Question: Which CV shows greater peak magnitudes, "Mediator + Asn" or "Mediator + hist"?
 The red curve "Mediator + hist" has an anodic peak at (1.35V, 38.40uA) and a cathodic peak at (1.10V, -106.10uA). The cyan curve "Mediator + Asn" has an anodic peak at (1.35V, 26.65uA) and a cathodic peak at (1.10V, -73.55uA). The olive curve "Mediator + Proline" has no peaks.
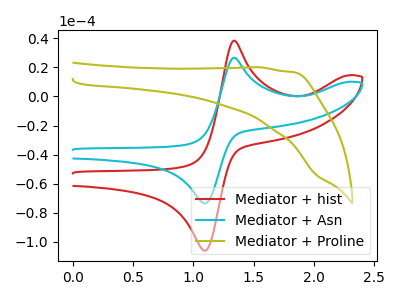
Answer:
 <answer>Every peak in "Mediator + Asn" is lower than every peak in "Mediator + hist".</answer>
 <eval>lower</eval>